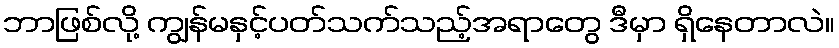
ဘာဖြစ်လို့ ကျွန်မနှင့်ပတ်သက်သည့်အရာတွေ ဒီမှာ ရှိနေတာလဲ။